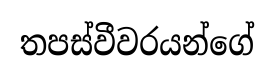
තපස්වීවරයන්ගේ